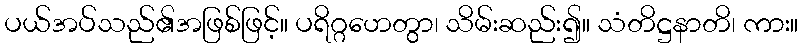
ပယ်အပ်သည်၏အဖြစ်ဖြင့်။ ပရိဂ္ဂဟေတွာ၊ သိမ်းဆည်း၍။ သံတိဋ္ဌနာတိ၊ ကား။